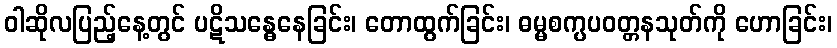
ဝါဆိုလပြည့်နေ့တွင် ပဋိသန္ဓေနေခြင်း၊ တောထွက်ခြင်း၊ ဓမ္မစက္ပပဝတ္တနသုတ်ကို ဟောခြင်း၊